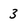
Character: 3